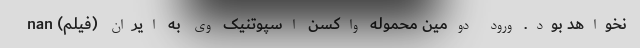
نخواهد بود. ورود دومین محموله واکسن اسپوتنیک وی به ایران (فیلم) nan